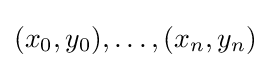
(x_{0},y_{0}),\ldots ,(x_{n},y_{n})